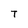
Character: T